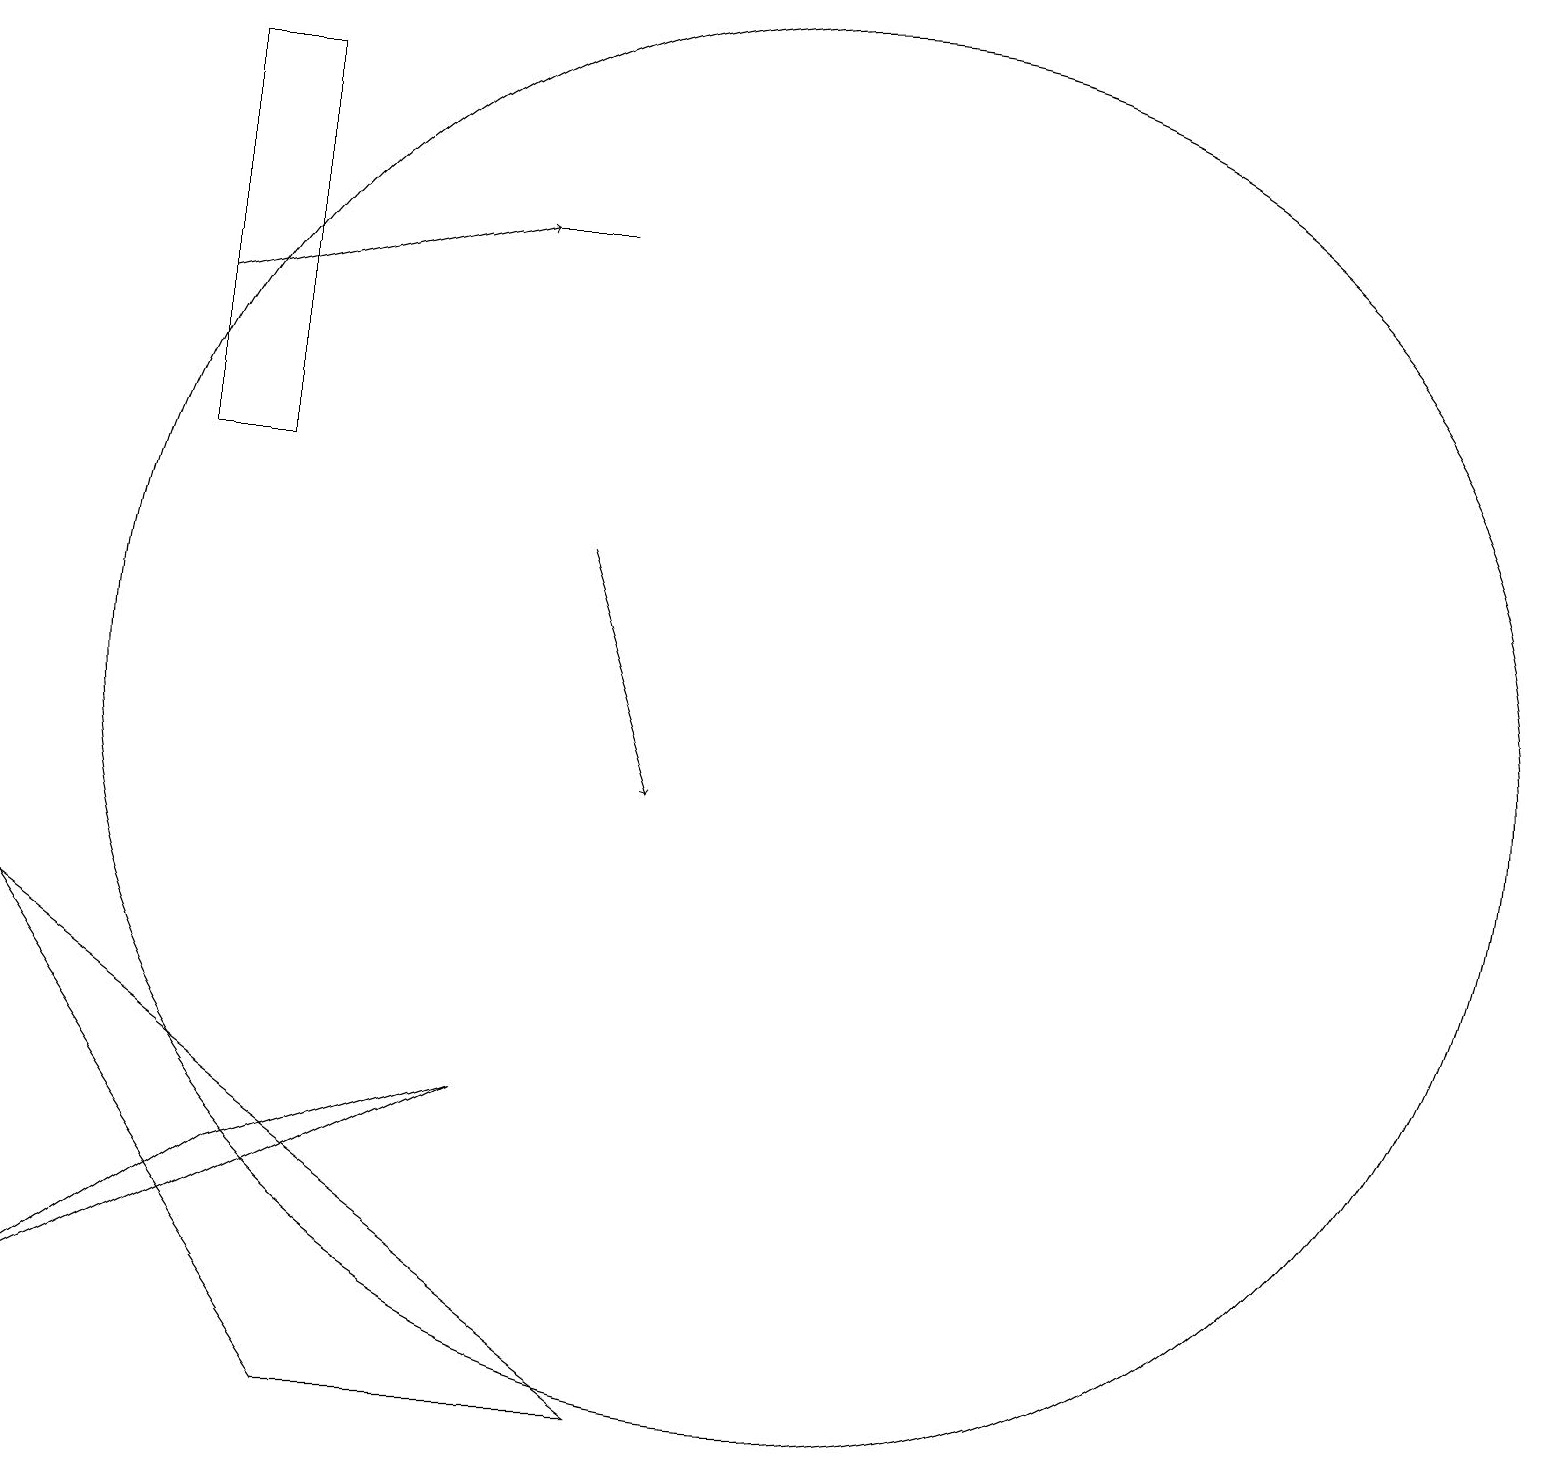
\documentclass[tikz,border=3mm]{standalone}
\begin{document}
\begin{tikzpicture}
\draw (4,2) -- (8,2) -- (0,8) -- cycle;
\draw[->] (2,16) -- (6,17);
\draw (0,3) -- (3,5) -- (6,6) -- cycle;
\draw (7,17) rectangle (6,17);
\draw[->] (7,13) -- (8,10);
\draw (10,11) circle (9);
\draw (2,14) rectangle (3,19);
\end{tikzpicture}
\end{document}